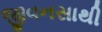
જીવનસાથી